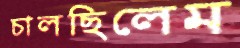
চালছিলেম